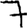
Digit: 7